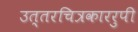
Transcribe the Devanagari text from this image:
उत्तरचित्रकाररुपी